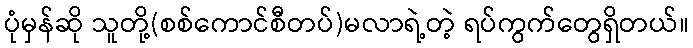
ပုံမှန်ဆို သူတို့(စစ်ကောင်စီတပ်)မလာရဲ့တဲ့ ရပ်ကွက်တွေရှိတယ်။